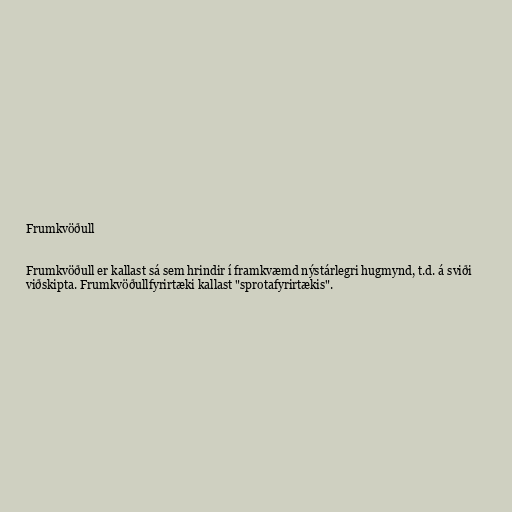
Frumkvöðull

Frumkvöðull er kallast sá sem hrindir í framkvæmd nýstárlegri hugmynd, t.d. á sviði
viðskipta. Frumkvöðullfyrirtæki kallast "sprotafyrirtækis".